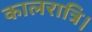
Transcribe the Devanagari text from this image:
कालरात्रि।